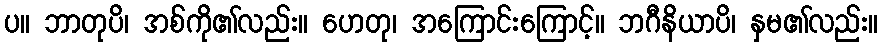
ပ။ ဘာတုပိ၊ အစ်ကို၏လည်း။ ဟေတု၊ အကြောင်းကြောင့်။ ဘဂီနိယာပိ၊ နှမ၏လည်း။